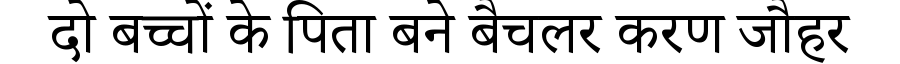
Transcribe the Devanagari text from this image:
दो बच्चों के पिता बने बैचलर करण जौहर